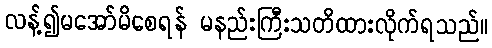
လန့်၍မအော်မိစေရန် မနည်းကြီးသတိထားလိုက်ရသည်။